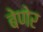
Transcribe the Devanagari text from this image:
बेणेर